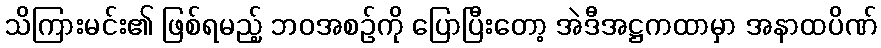
သိကြားမင်း၏ ဖြစ်ရမည့် ဘဝအစဉ်ကို ပြောပြီးတော့ အဲဒီအဋ္ဌကထာမှာ အနာထပိဏ်